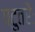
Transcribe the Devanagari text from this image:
पटुतरैः